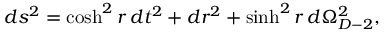
d s ^ { 2 } = \cosh ^ { 2 } r \, d t ^ { 2 } + d r ^ { 2 } + \sinh ^ { 2 } r \, d \Omega _ { D - 2 } ^ { 2 } ,